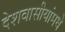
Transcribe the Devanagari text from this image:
देशवासीयांमधे